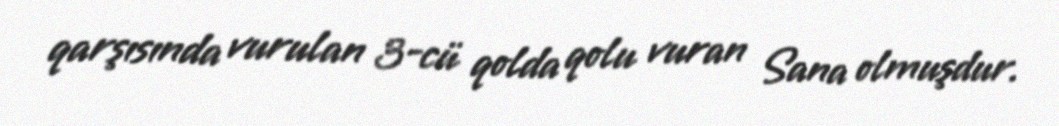
qarşısında vurulan 3-cü qolda qolu vuran Sana olmuşdur.